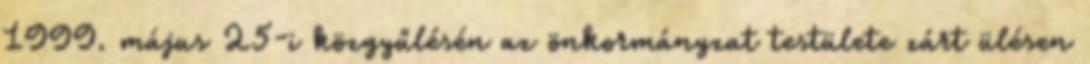
1999. május 25-i közgyűlésén az önkormányzat testülete zárt ülésen